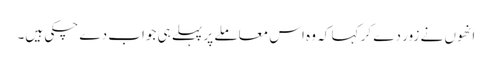
انھوں نے زور دے کر کہا کہ وہ اس معاملے پر پہلے ہی جواب دے چکی ہیں۔